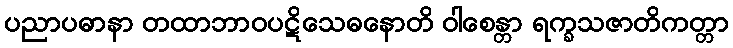
ပညာပဓာနာ တထာဘာဝပဋိသေဓနောတိ ဝါစေန္တာ ရက္ခသဇာတိကတ္တာ